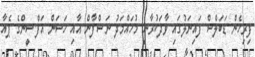
ފިރިހެން ޑަބަލްސް ފައިނަލުގައި ވާދަކުރާނީ މުހައްމަދު ނަޝްފާން އާއި ހަސަން އަފްޝީންގެ ޕެއާ